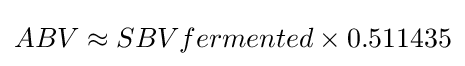
ABV\approx SBVfermented\times 0.511435